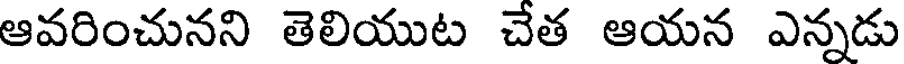
ఆవరించునని తెలియుట చేత ఆయన ఎన్నడు